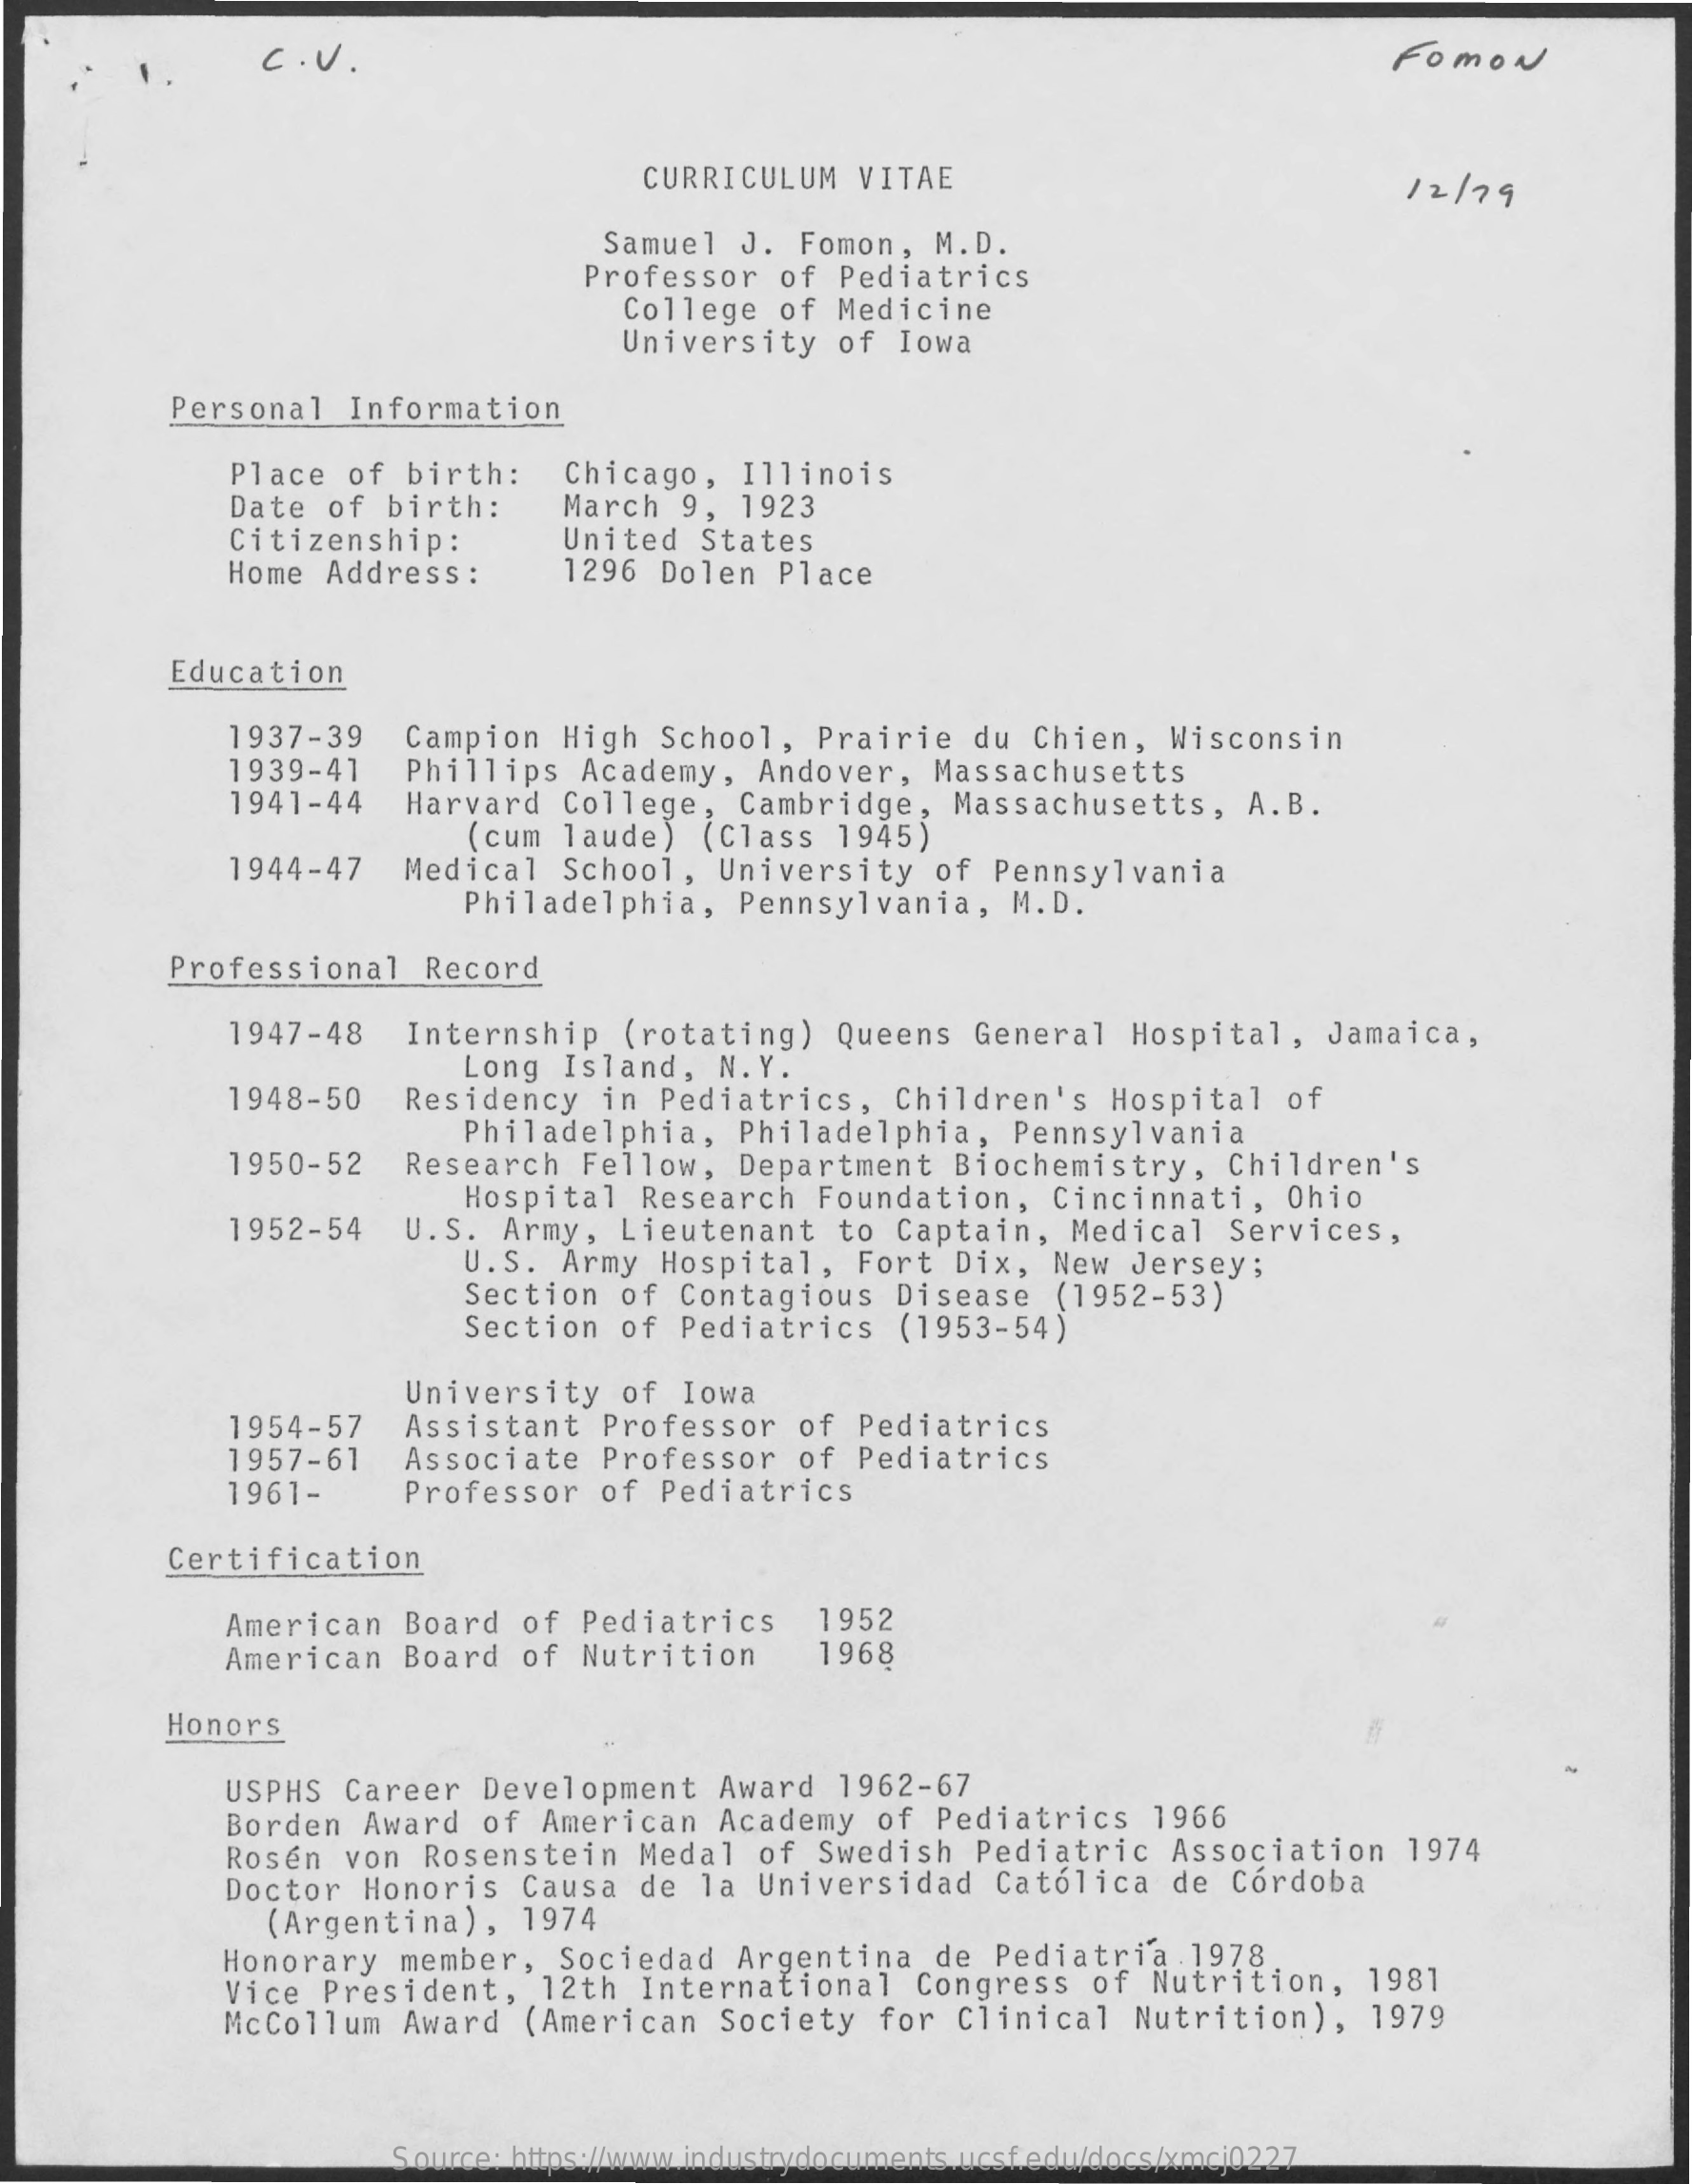
C . V .    FOMON
     CURRICULUM    VITAE    12/ 79
     Samuel  J.  Fomon,   M.D.
     Professor   of  Pediatrics
     College   of Medicine
     University    of  Iowa
     Personal    Information
     Place   of birth:    Chicago,   Illinois
     Date  of  birth:    March  9,  1923
     Citizenship:    United   States
     Home  Address   :    1296  Dolen   Place
     Education
     1937-39    Campion    High  School,   Prairie   du  Chien,   Wisconsin
     1939-41    Phillips   Academy,   Andover,    Massachusetts
     1941-44    Harvard    College,   Cambridge,    Massachusetts,    A. B.
     1944-47
     (cum  laude)   (Class   1945)
     Medical    School,   University    of  Pennsylvania
     Philadelphia,    Pennsylvania,    M.D.
     Professional    Record
     1947-48    Internship    (rotating)   Queens   General    Hospital,    Jamaica,
     1948-50
     Long   Island,   N.Y.
     Residency    in  Pediatrics,    Children's    Hospital    of
     1950-52
     Philadelphia,    Philadelphia,    Pennsylvania
     Research    Fellow,   Department    Biochemistry,    Children's
     1952-54
     Hospital    Research   Foundation,    Cincinnati,    Ohio
     U.S.   Army,  Lieutenant    to Captain,    Medical   Services,
     U.S.  Army  Hospital,    Fort  Dix,   New  Jersey;
     Section  of  Contagious    Disease    (1952-53)
     Section  of  Pediatrics    (1953-54)
     University    of Iowa
     1954-57    Assistant   Professor    of  Pediatrics
     1957-61    Associate    Professor    of  Pediatrics
     1961-    Professor   of  Pediatrics
     Certification
     American   Board   of  Pediatrics    1952
     American   Board   of  Nutrition    1968
     Honors
     USPHS  Career   Development    Award   1962-67
     Borden   Award  of  American    Academy   of  Pediatrics    1966
     Rosén  von  Rosenstein    Medal  of  Swedish    Pediatric   Association    1974
     Doctor   Honoris   Causa   de  la Universidad    Católica   de  Córdoba
     (Argentina),    1974
     Honorary   member,   Sociedad    Argentina    de  Pediatria    1978
     Vice  President,    12th  International    Congress   of  Nutrition,    1981
     McCollum   Award   (American    Society   for  Clinical    Nutrition),    1979
     Source: https://www.industrydocuments.ucsf.edu/docs/xmcj0227